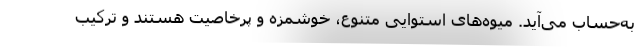
به‌حساب می‌آید. میوه‌های استوایی متنوع، خوشمزه و پرخاصیت هستند و ترکیب